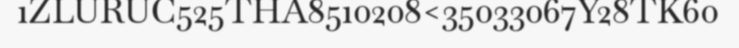
1ZLURUC525THA8510208<35033067Y28TK60